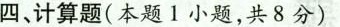
四计算题(本题1小题，共8分)